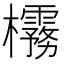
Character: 𪴟